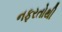
નફરતોથી